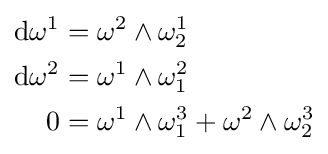
{\begin{aligned}\mathrm {d} \omega ^{1}&=\omega ^{2}\wedge \omega _{2}^{1}\\\mathrm {d} \omega ^{2}&=\omega ^{1}\wedge \omega _{1}^{2}\\0&=\omega ^{1}\wedge \omega _{1}^{3}+\omega ^{2}\wedge \omega _{2}^{3}\end{aligned}}